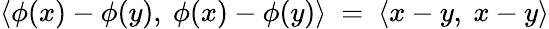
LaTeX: \langle\phi(x)-\phi(y),\ \phi(x)-\phi(y)\rangle\ =\ \langle x-y,\ x-y\rangle